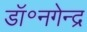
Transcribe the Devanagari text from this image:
डॉ॰नगेन्द्र